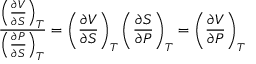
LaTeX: { \frac { \left( { \frac { \partial V } { \partial S } } \right) _ { T } } { \left( { \frac { \partial P } { \partial S } } \right) _ { T } } } = \left( { \frac { \partial V } { \partial S } } \right) _ { T } \left( { \frac { \partial S } { \partial P } } \right) _ { T } = \left( { \frac { \partial V } { \partial P } } \right) _ { T }